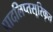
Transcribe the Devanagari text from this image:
पादलिप्तसूरिकृत